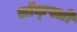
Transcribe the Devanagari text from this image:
लॉक्स्ली